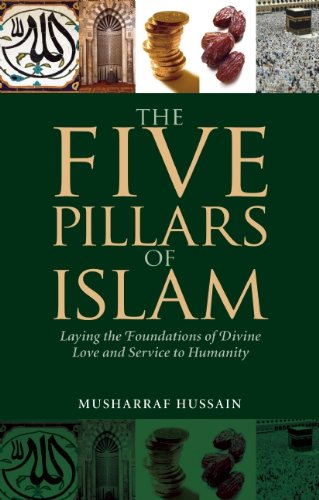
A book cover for The Five Pillars of Islam: Laying the Foundations of Divine Love and Service to Humanity; Musharraf Hussain; Religion & Spirituality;